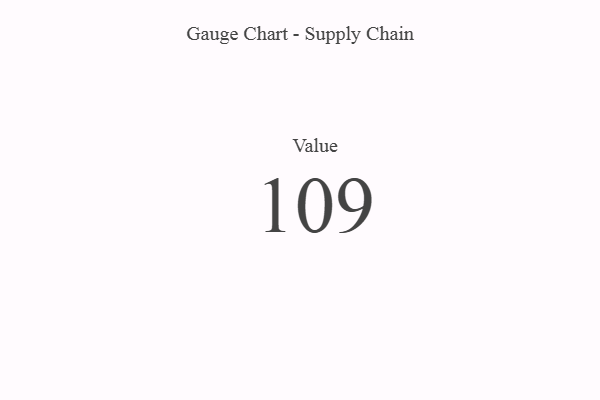
{"axis": {"x": "Metric", "y": "Value"}, "legend": [""], "data": [{"x": "Value", "y": 109, "type": ""}]}